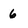
Character: 6